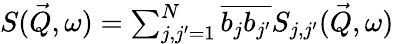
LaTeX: \begin{array}{r}{S(\vec{Q},\omega)=\sum_{j,j^{\prime}=1}^{N}{\overline{{b_{j}b_{j^{\prime}}}}}S_{j,j^{\prime}}(\vec{Q},\omega)}\end{array}